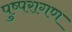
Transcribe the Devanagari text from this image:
पुष्परागण